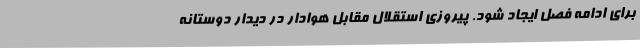
برای ادامه فصل ایجاد شود. پیروزی استقلال مقابل هوادار در دیدار دوستانه